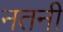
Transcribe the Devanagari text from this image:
नतनी